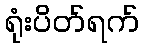
ရုံးပိတ်ရက်